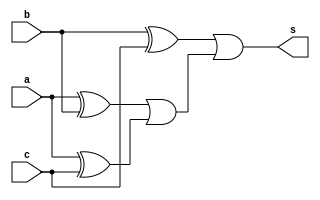
// -------------------------
// Exemplo0024  Comparador de diferena
// Nome: Breno Macena Pereira de Souza
// -------------------------
// -------------------------
// compare
// -------------------------
module compare (output s, input a, input b, input c);
   wire s0, s1, s2, s3;

   xor XOR1 (s0, a, b);
   xor XOR2 (s1, a, c);
   xor XOR3 (s2, b, c);
   or OR1 (s3, s0, s1);
   or OR2 (s, s2, s3);

endmodule

module fullCompare (output [2:0] s, input [2:0] a, input [2:0] b, input c);

   compare COM1 (s[0], a[0], b[0], c);
   compare COM2 (s[1], a[1], b[1], c);
   compare COM3 (s[2], a[2], b[2], c);

endmodule

module test_fullCompare;

   reg [2:0] x;
   reg [2:0] y;
   reg c;
   wire [2:0] s;

   fullCompare FULL (s, x, y, c);

initial begin
   $display("Exemplo0024 - Breno Macena - 462017");
   $display("Test ALUs full compare");

#1 x = 3'b000; y = 3'b000; c = 0;
#1 $monitor("%b  %b  %b = %b",x,y,c,s);

#1 x = 3'b000; y = 3'b000; c = 0;
#1 x = 3'b001; y = 3'b000; c = 0;
#1 x = 3'b010; y = 3'b000; c = 0;
#1 x = 3'b100; y = 3'b000; c = 0;
#1 x = 3'b111; y = 3'b111; c = 1;
#1 x = 3'b110; y = 3'b111; c = 1;
#1 x = 3'b101; y = 3'b111; c = 1;
#1 x = 3'b100; y = 3'b111; c = 1;

end
endmodule